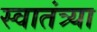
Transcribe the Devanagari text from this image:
स्वातंत्र्या